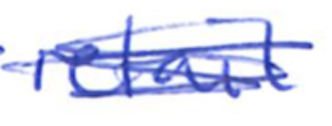
Text: retail
Cross-out: scratch
Writing tool: ballpoint